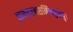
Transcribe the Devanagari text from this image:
वामचरणसन्धिचतुष्केषु।